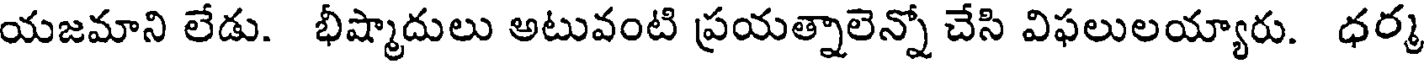
యజమాని లేడు. భీష్మాదులు అటువంటి ప్రయత్నాలెన్నో చేసి విఫలులయ్యారు. ధర్మ